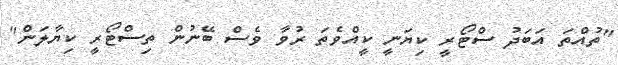
"ތުއްތަ އަބަދު ސްޓޯރީ ކިޔަނީ ކީއްވެތަ ރުވާ ވެސް ބޭނުން ތިސްޓޯރީ ކިޔާލަން"